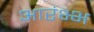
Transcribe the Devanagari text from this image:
आरंभ्भ